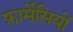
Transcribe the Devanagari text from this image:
फ़ार्मेसियों